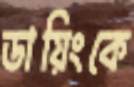
ডায়িংকে